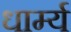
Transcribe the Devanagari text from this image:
धार्म्य